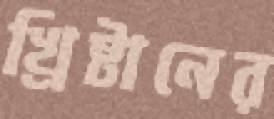
খ্রিষ্টানের